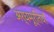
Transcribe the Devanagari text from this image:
अर्धमूर्तियाँ